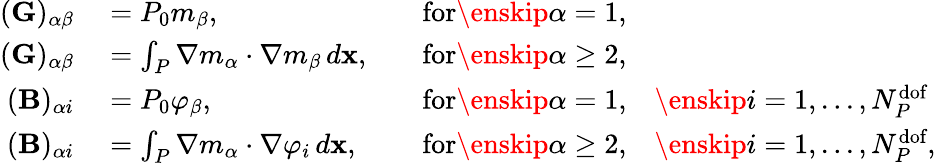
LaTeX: \begin{array}{rlrl}{(\mathbf{G})_{\alpha\beta}}&{{}=P_{0}m_{\beta},\quad}&{\textrm{for}\enskip\alpha=1,}&{{}}\\ {(\mathbf{G})_{\alpha\beta}}&{{}=\int_{{P}}\nabla m_{\alpha}\cdot\nabla m_{\beta}\, d\mathbf{x},\quad}&{\textrm{for}\enskip\alpha\geq 2,}&{{}}\\ {(\mathbf{B})_{\alpha i}}&{{}=P_{0}\varphi_{\beta},\quad}&{\textrm{for}\enskip\alpha=1,}&{{}\enskip i=1,...,N_{{P}}^{\textrm{dof}}}\\ {(\mathbf{B})_{\alpha i}}&{{}=\int_{{P}}\nabla m_{\alpha}\cdot\nabla\varphi_{i}\, d\mathbf{x},\quad}&{\textrm{for}\enskip\alpha\geq 2,}&{{}\enskip i=1,...,N_{{P}}^{\textrm{dof}},}\end{array}